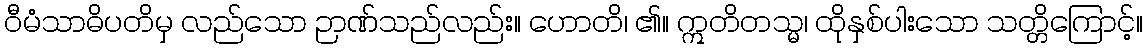
ဝီမံသာဓိပတိမှ လည်သော ဉာဏ်သည်လည်း။ ဟောတိ၊ ၏။ ဣတိတသ္မ၊ ထိုနှစ်ပါးသော သတ္တိကြောင့်။